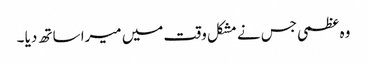
وہ عظمی جس نے مشکل وقت میں میرا ساتھ دیا ۔